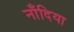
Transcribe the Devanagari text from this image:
नाँदिया